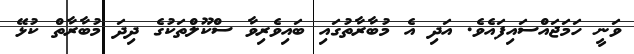
ވަނީ ހަމަޖައްސައިފައެވެ. އަދި އެ މުބާރާތުގައި ބައިވެރިވާ ސްކޫލްތަކުގެ ދިދަ މުބާރާތް ކުޅޭ